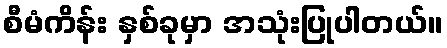
စီမံကိန်း နှစ်ခုမှာ အသုံးပြုပါတယ်။